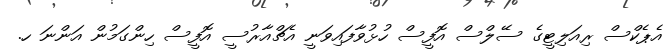
އެޕެކްސް ރިއަލިޓީގެ ސޭލްސް އޮފީސް ހުޅުވާފައިވަނީ އެޗްއާރުސީ އޮފީސް ހިންގަމުން އަންނަ ހ.